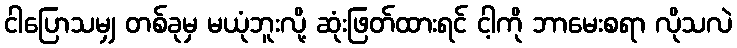
ငါပြောသမျှ တစ်ခုမှ မယုံဘူးလို့ ဆုံးဖြတ်ထားရင် ငါ့ကို ဘာမေးစရာ လိုသလဲ